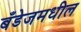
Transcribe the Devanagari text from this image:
बँडेजमधील